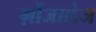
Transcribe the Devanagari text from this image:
ग़ोंजालेज